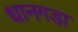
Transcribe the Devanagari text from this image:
धानगड़ा